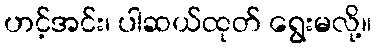
ဟင့်အင်း၊ ပါဆယ်ထုတ် ရွေးမလို့။